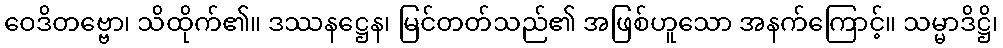
ဝေဒိတဗ္ဗော၊ သိထိုက်၏။ ဒဿနဋ္ဌေန၊ မြင်တတ်သည်၏ အဖြစ်ဟူသော အနက်ကြောင့်။ သမ္မာဒိဋ္ဌိ၊